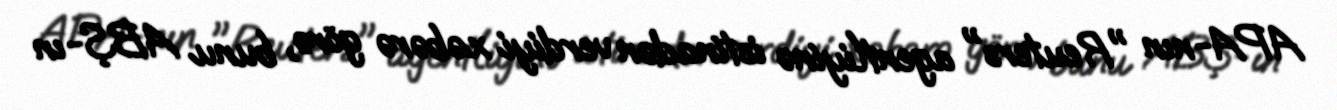
APA-nın "Reuters" agentliyinə istinadən verdiyi xəbərə görə, bunu ABŞ-ın